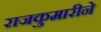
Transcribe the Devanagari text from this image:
राजकुमारीने